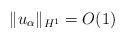
\begin{align*}\|u_\alpha\|_{H^1}=O(1)\end{align*}